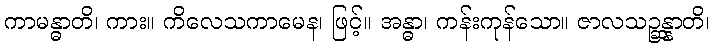
ကာမန္ဓာတိ၊ ကား။ ကိလေသကာမေန၊ ဖြင့်။ အန္ဓာ၊ ကန်းကုန်သော။ ဇာလသဉ္ဆန္နာတိ၊